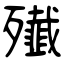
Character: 殱